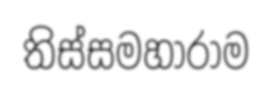
තිස්සමහාරාම